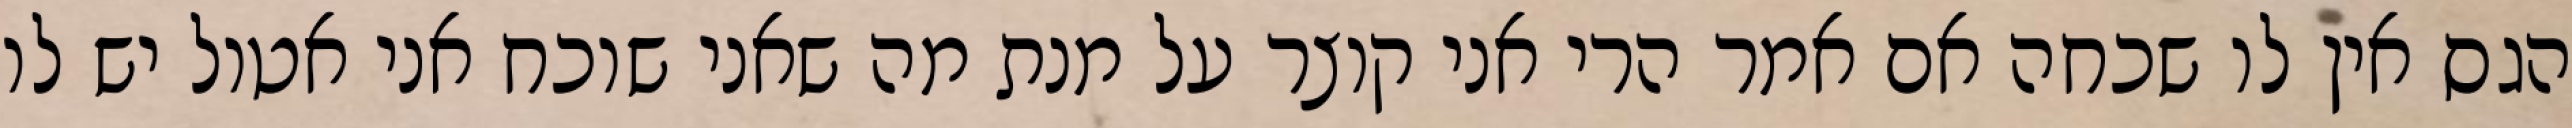
הגס אין לו שכחה אם אמר הרי אני קוצר על מנת מה שאני שוכח אני אטול יש לו